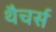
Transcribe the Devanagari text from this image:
थैचर्स